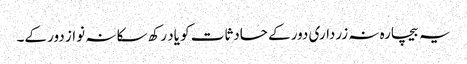
یہ بیچارہ نہ زرداری دور کے حادثات کو یاد رکھ سکا نہ نواز دور کے۔